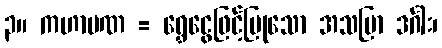
၃။ ကဟာပဏ = ရွှေငွေဖြင့်ပြုသော အသပြာ ဒင်္ဂါး၊